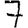
Digit: 7